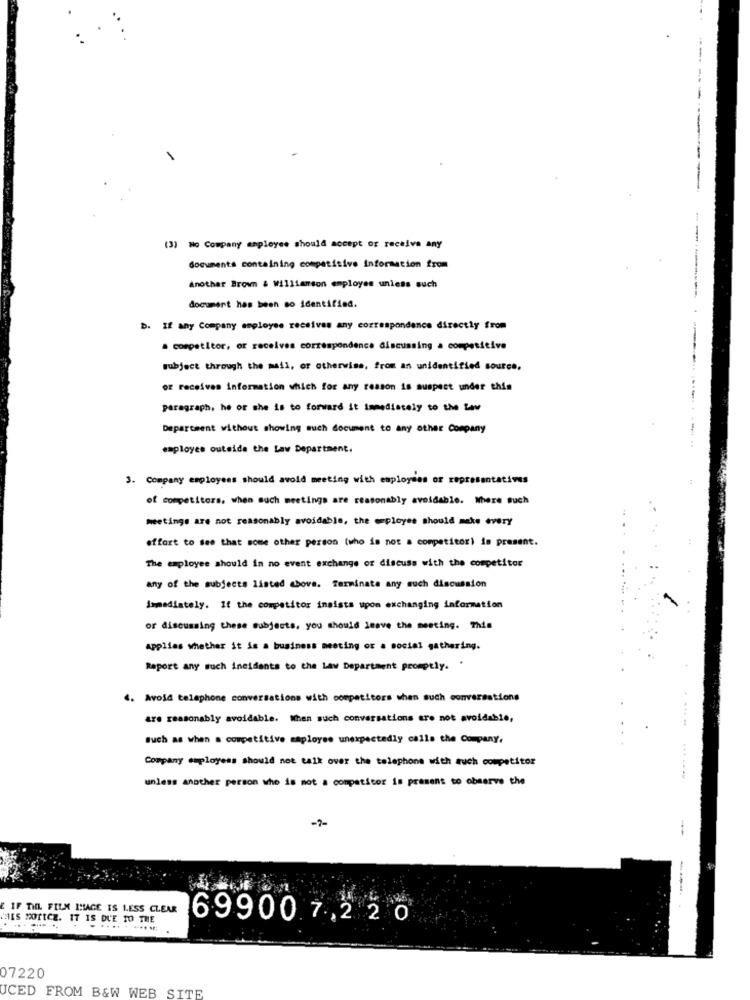
--------
)Ho Company employee should accept or receive any
documents containing competitive information from
Another Brown & Williamson employes unless such
document has been so identified.
b. If any Company employee receives any correspondence directly from
a competitor, or receives correspondence discussing a competitive
subject through the mail, or otherwise, from an unidentified source,
or receives information which for any reason is suspect under this
paragraph, he or she is to forward it immediately to the Law
Department without showing much document to any other Company
employee outside the Law Department.
3. Company employees should avoid meeting with employees of representatives
of competitors. when much meetings are reasonably avoidable. Where Buch
meetings are not reasonably avoidable, the employee should make every
effort to see that some other person (who is not a competitor) in present.
The employee should in no event exchange of discuss with the competitor
any of the subjects listed above. Terminata any such discussion
Immediately. If the competitor insists upon exchanging information
or discussing these subjects, you should leave the meeting. This
applies whether it is a business meeting or a social gathering.
Raport any such incidents to the Law Department promptly. .
4. Avoid telephone conversations with competitors when such conversations
are reasonably avoidable. When such conversations are not avoidable,
Such as when a competitive maployee unexpectedly calls the Company.
Company employees should not talk over the telephone with such competitor
unless another person who is not a competitor is present to observe the
-7-
--
E IF THL FILM IMAGE IS LESS CLEAR
CAES MortCZ. IT IS DUE TO THE
699007,22 0
..... . ....:
07220
UCED FROM B&W WEB SITE